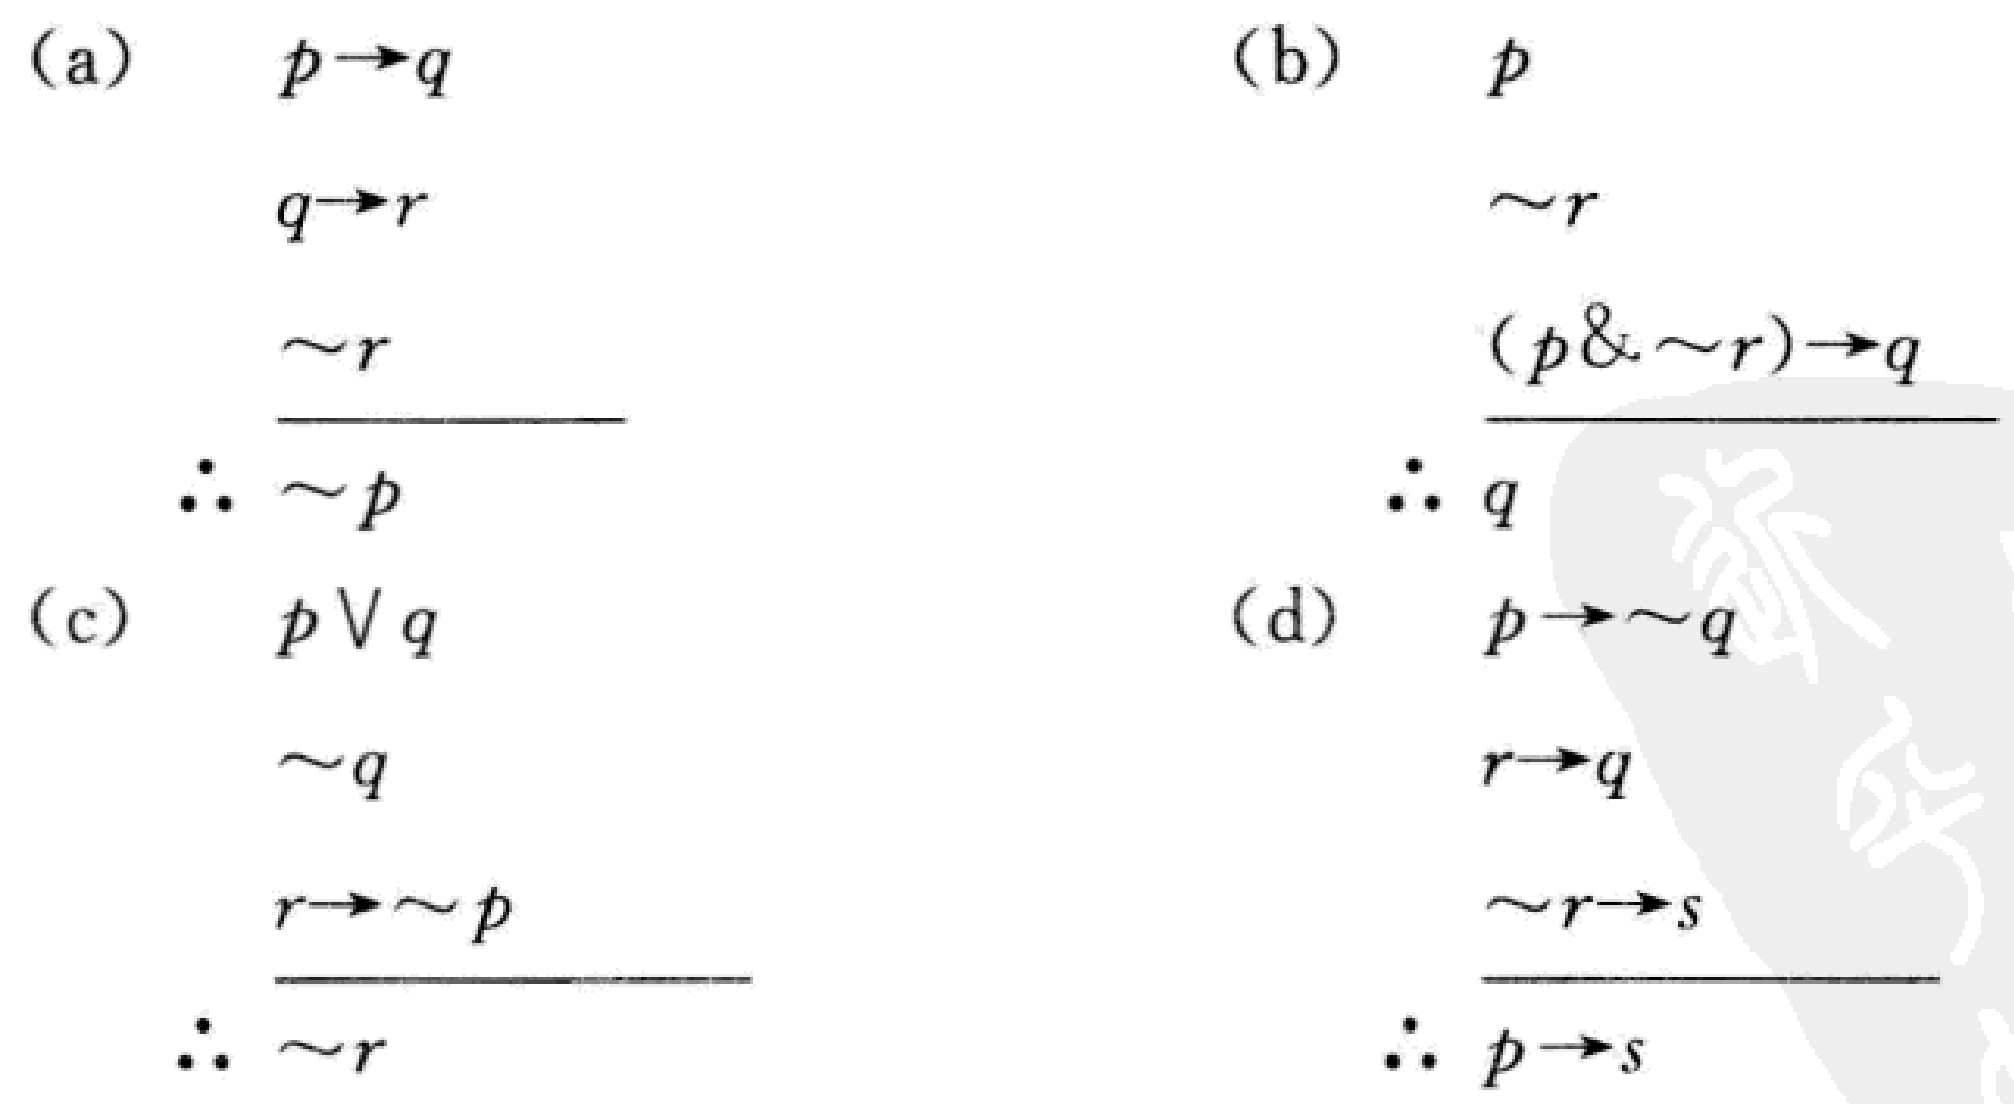
(a)
\[
\begin{align*}
p&\to q\\
q&\to r\\
\sim r\\
\hline
\therefore\sim p
\end{align*}
\]
(b)
\[
\begin{align*}
p\\
\sim r\\
(p\& \sim r)&\to q\\
\hline
\therefore q
\end{align*}
\]
(c)
\[
\begin{align*}
p\vee q\\
\sim q\\
r&\to\sim p\\
\hline
\therefore\sim r
\end{align*}
\]
(d)
\[
\begin{align*}
p&\to\sim q\\
r&\to q\\
\sim r&\to s\\
\hline
\therefore p\to s
\end{align*}
\]